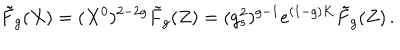
LaTeX: \tilde { F } _ { g } ( X ) = ( X ^ { 0 } ) ^ { 2 - 2 g } \tilde { F } _ { g } ( Z ) = ( g _ { s } ^ { 2 } ) ^ { g - 1 } e ^ { ( 1 - g ) K } \tilde { F } _ { g } ( Z ) \, .